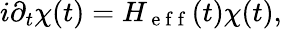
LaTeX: i\partial_{t}\chi(t)=H_{\mathrm{~e~f~f~}}(t)\chi(t),